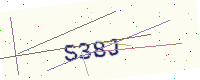
Text: S38J